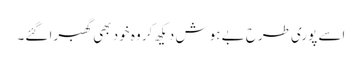
اسے پوری طرح بے ہوش دیکھ کر وہ خود بھی گھبرا گئے۔